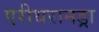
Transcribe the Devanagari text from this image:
एरीथरानड्रा